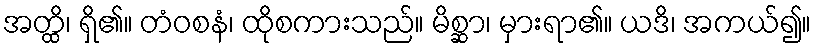
အတ္ထိ၊ ရှိ၏။ တံဝစနံ၊ ထိုစကားသည်။ မိစ္ဆာ၊ မှားရာ၏။ ယဒိ၊ အကယ်၍။